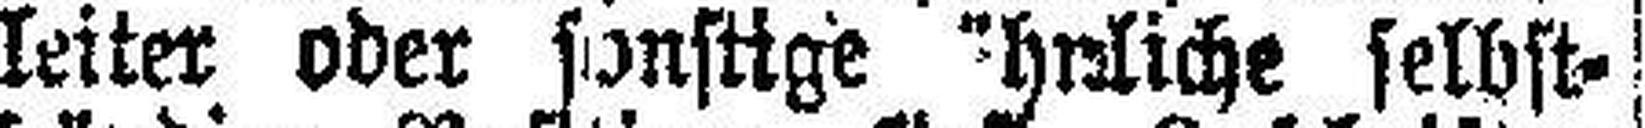
leiter oder sonstige ähnliche selbst¬